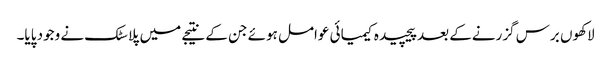
لاکھوں برس گزرنےکے بعد پیچیدہ کیمیائی عوامل ہوئے جن کے نتیجے میں پلاسٹک نے وجود پایا۔